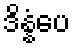
ဒိန္နံပေ